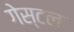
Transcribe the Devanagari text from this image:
गेस्टल